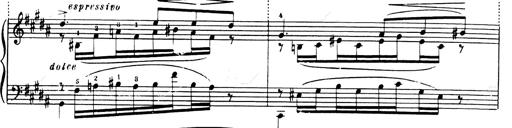
Title: Andante Finale und Marsch aus der Oper KÃ¶nig Alfred
Composer: Franz Liszt